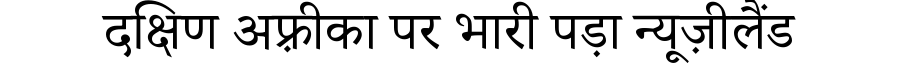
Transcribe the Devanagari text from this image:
दक्षिण अफ़्रीका पर भारी पड़ा न्यूज़ीलैंड